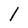
Character: l